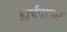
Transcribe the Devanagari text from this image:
आर्चनानस